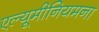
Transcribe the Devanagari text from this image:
एल्यूमीनियमना